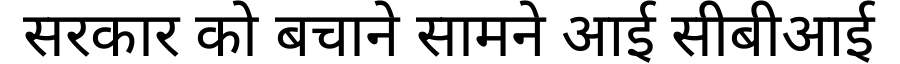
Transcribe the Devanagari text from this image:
सरकार को बचाने सामने आई सीबीआई